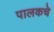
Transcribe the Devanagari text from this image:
पालकचे